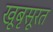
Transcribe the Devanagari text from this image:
खूबृसूरत